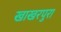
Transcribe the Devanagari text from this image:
खाखरपुरा